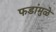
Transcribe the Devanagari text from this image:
फडांमुळे